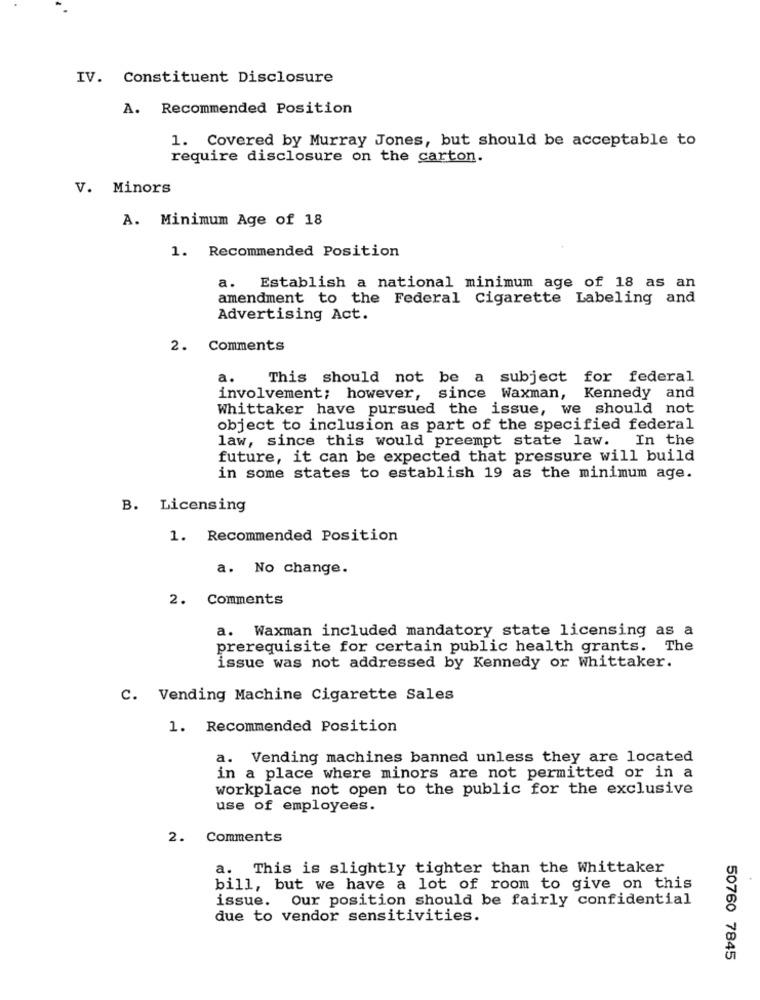
IV. Constituent Disclosure
A. Recommended Position
1. Covered by Murray Jones, but should be acceptable to
require disclosure on the carton.
V. Minors
A. Minimum Age of 18
1. Recommended Position
a. Establish a national minimum age of 18 as an
amendment to the Federal Cigarette Labeling and
Advertising Act.
2. Comments
a.
This should not be a subject for federal
involvement; however, since Waxman, Kennedy and
Whittaker have pursued the issue, we should not
object to inclusion as part of the specified federal
law, since this would preempt state law. In the
future, it can be expected that pressure will build
in some states to establish 19 as the minimum age.
B. Licensing
1. Recommended Position
a. No change.
2. Comments
a. Waxman included mandatory state licensing as a
prerequisite for certain public health grants. The
issue was not addressed by Kennedy or Whittaker.
C. Vending Machine Cigarette Sales
1. Recommended Position
a. Vending machines banned unless they are located
in a place where minors are not permitted or in a
workplace not open to the public for the exclusive
use of employees.
2.
Comments
a. This is slightly tighter than the Whittaker
bill, but we have a lot of room to give on this
issue. Our position should be fairly confidential
due to vendor sensitivities.
50760 7845